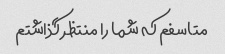
متاسفم که شما را منتظر گذاشتم